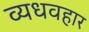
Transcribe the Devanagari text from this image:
व्यधवहार